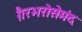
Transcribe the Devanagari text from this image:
ग़ैरभरोसेमंद